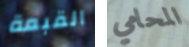
القبعة المحامي